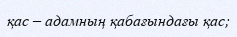
қас – адамның қабағындағы қас;